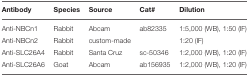
| Antibody | Species | Source | Cat# | Dilution |
 | --- | --- | --- | --- | --- |
 | Anti-NBCn1 | Rabbit | Abcam | ab82335 | 1:5,000 (WB), 1:50 (IF) |
 | Anti-NBCn2 | Rabbit | custom-made |  | 1:20 (IF) |
 | Anti-SLC26A4 | Rabbit | Santa Cruz | sc-50346 | 1:2,000 (WB), 1:20 (IF) |
 | Anti-SLC26A6 | Goat | Abcam | ab156935 | 1:2,000 (WB), 1:20 (IF) |